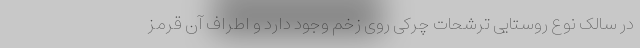
در سالک نوع روستایی ترشحات چرکی روی زخم وجود دارد و اطراف آن قرمز